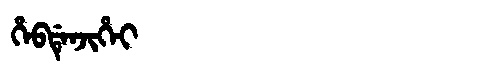
Manchu: ᡥᡝᠪᡩᡝᠨᠵᡳᡥᡝᡳ
Romanization: HEBDENJIHEI